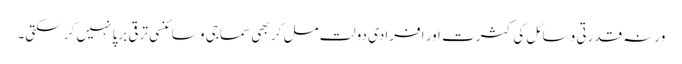
ورنہ قدرتی وسائل کی کثرت اور افرادی دولت مل کر بھی سماجی و سائنسی ترقی برپا نہیں کر سکتی۔